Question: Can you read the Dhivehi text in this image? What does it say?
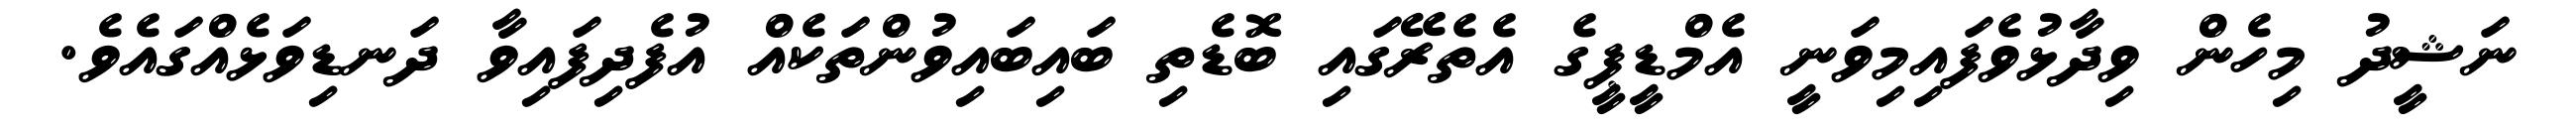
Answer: ނަޝީދު މިހެން ވިދާޅުވެފައިމިވަނީ އެމްޑީޕީގެ އެތެރޭގައި ބޮޑެތި ބައިބައިވުންތަކެއް އުފެދިފައިވާ ދަނޑިވަޅެއްގައެވެ.